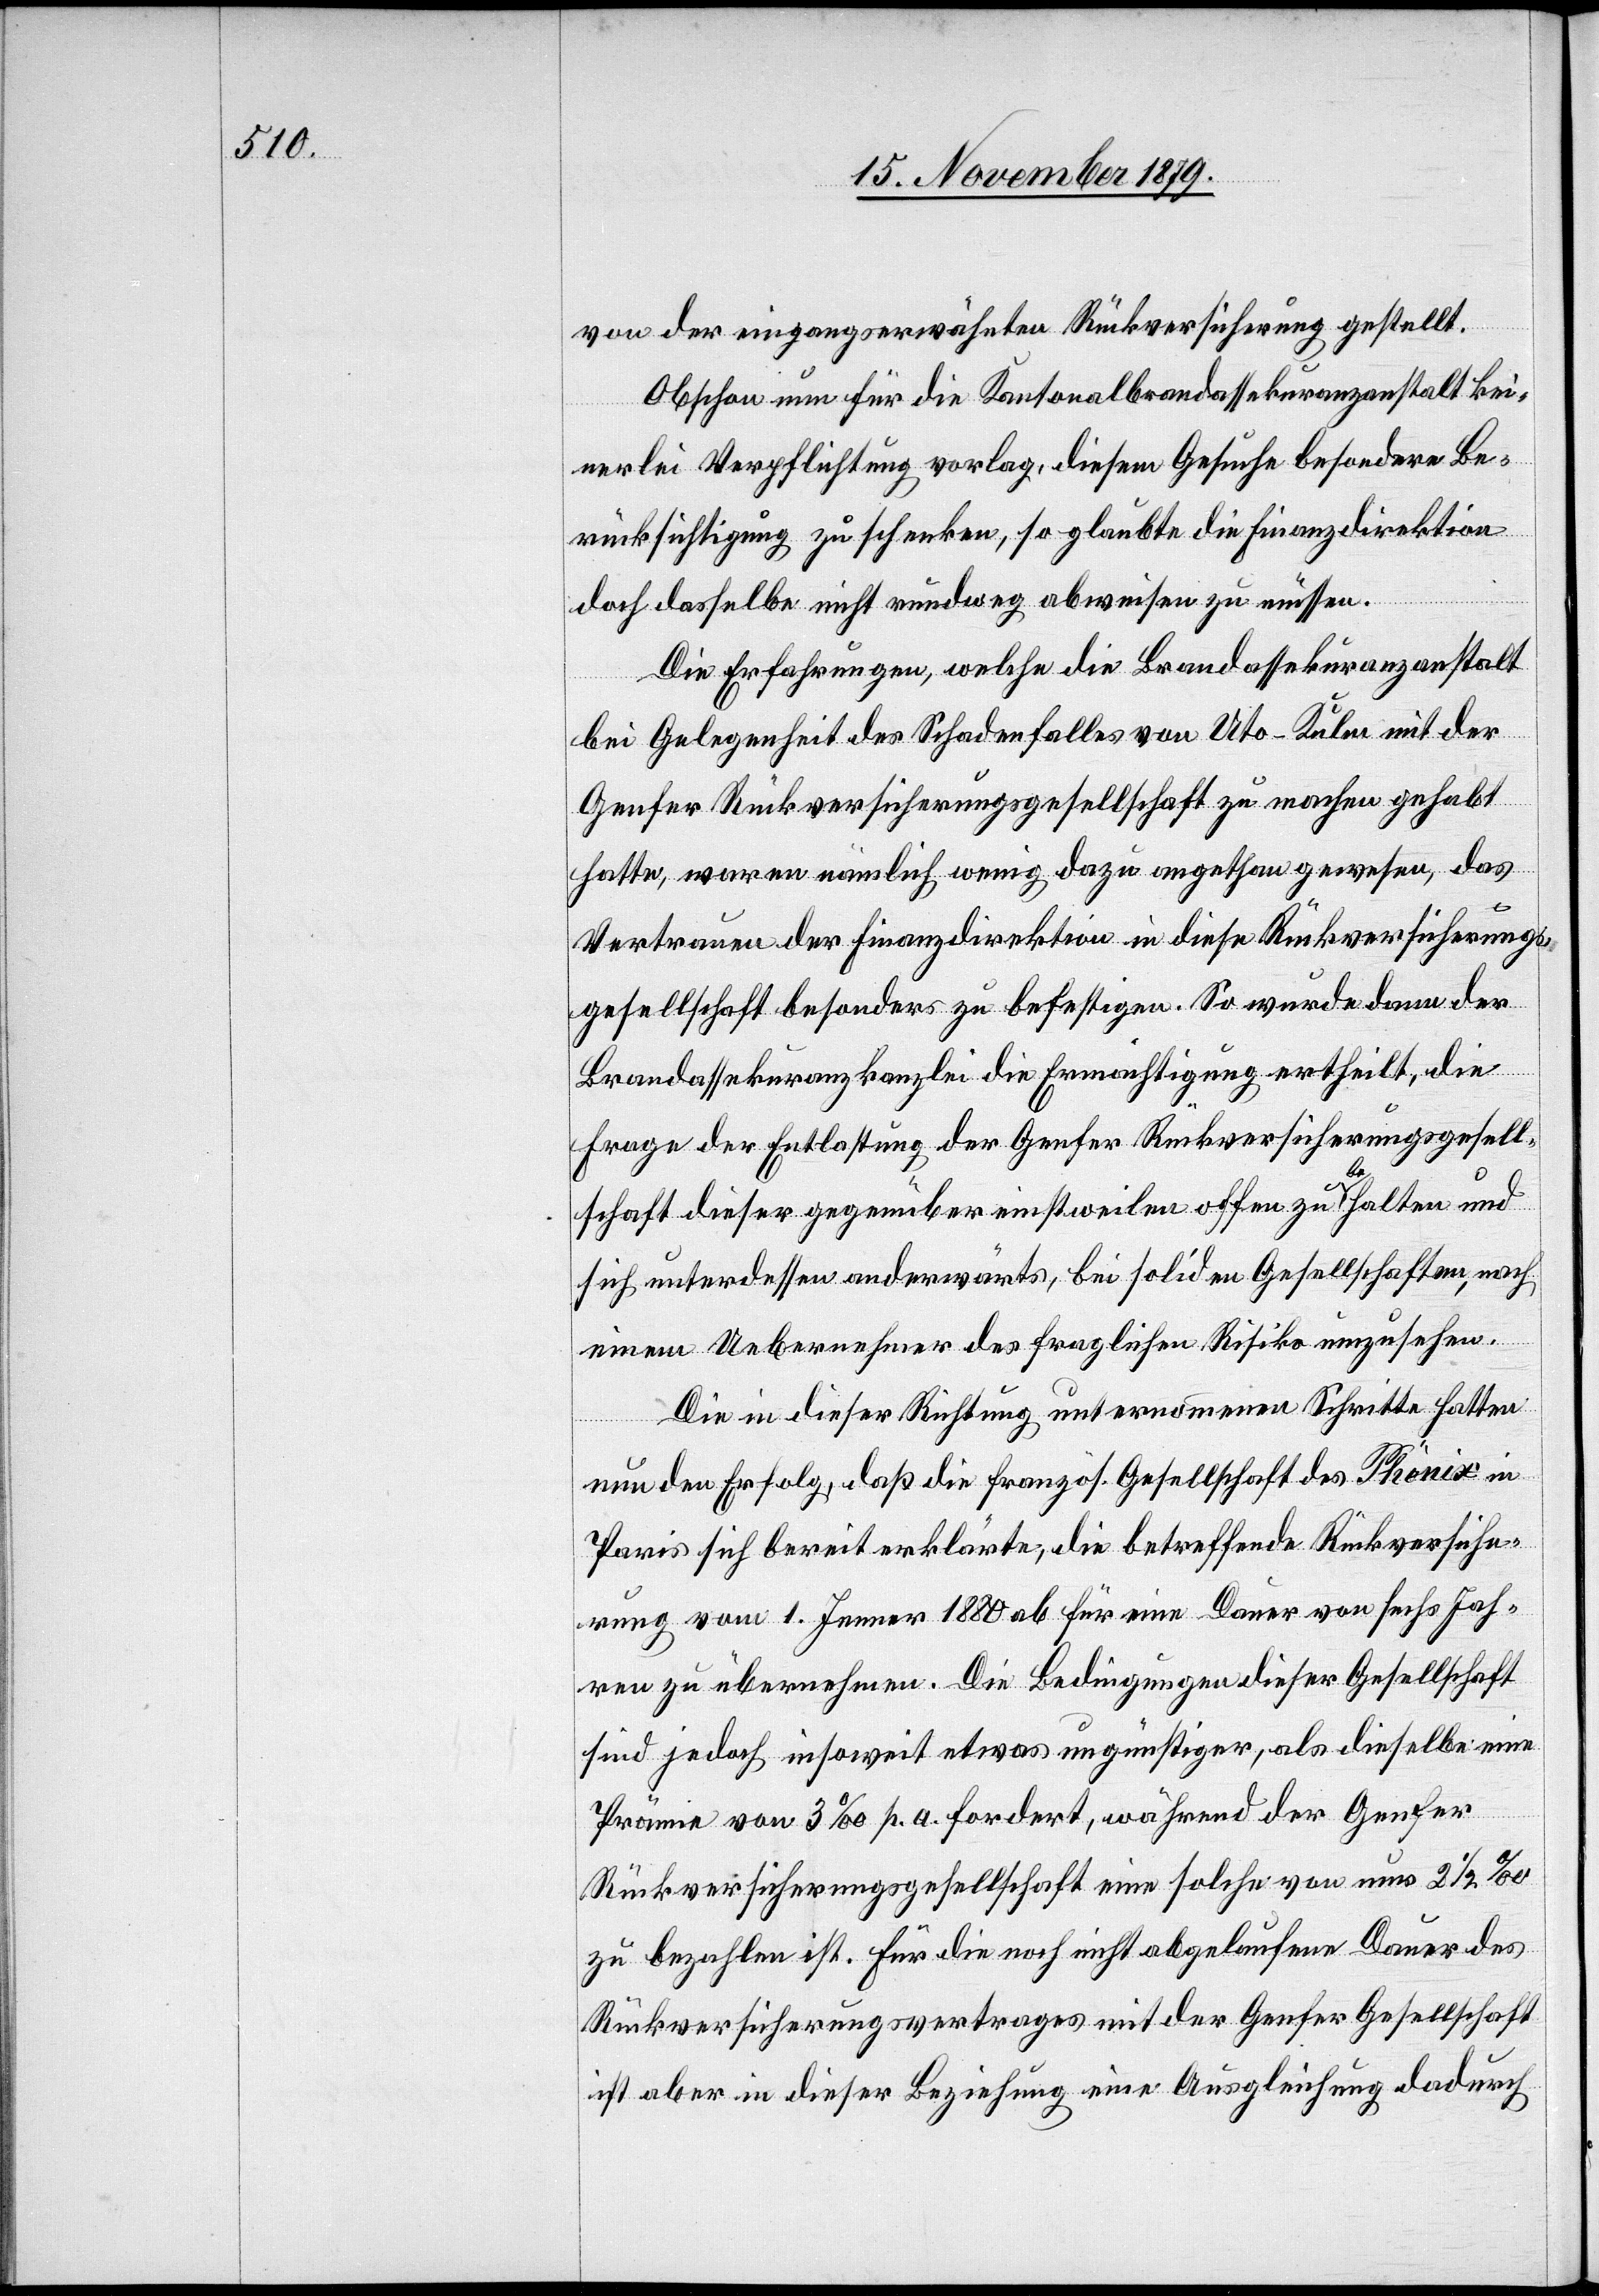
von der eingangserwähnten Rückversicherung gestellt.
Obschon nun für die Kantonalbrandassekuranzanstalt kei¬
nerlei Verpflichtung vorlag, diesem Gesuche besondere Be¬
rücksichtigung zu schenken, so glaubte die Finanzdirektion
doch dasselbe nicht rundweg abweisen zu müssen.
Die Erfahrungen, welche die Brandassekuranzanstalt
bei Gelegenheit des Schadenfalles von Uto-Kulm [sic!] mit der
Genfer Rückversicherungsgesellschaft zu machen gehabt
hatte, waren nämlich wenig dazu angethan gewesen, das
Vertrauen der Finanzdirektion in diese Rückversicherungs¬
gesellschaft besonders zu befestigen. So wurde dann der
Brandassekuranzkanzlei die Ermächtigung ertheilt, die
Frage der Entlassung der Genfer Rückversicherungsgesell¬
schaft dieser gegenüber einstweilen offen zu halten und
sich unterdessen anderwärts, bei soliden Gesellschaften, nach
einem Uebernehmer des fraglichen Risiko umzusehen.
Die in dieser Richtung unternommenen Schritte hatten
nun den Erfolg, daß die französ. Gesellschaft des Phönix in
Paris sich bereit erklärte, die betreffende Rückversiche¬
rung vom 1. Jenner 1880 ab für eine Dauer von sechs Jah¬
ren zu übernehmen. Die Bedingungen dieser Gesellschaft
sind jedoch insoweit etwas ungünstiger, als dieselben eine
Prämie von 3% p. a. fordert, während der Genfer
Rückversicherungsgesellschaft eine solche von nur 21/2%
zu bezahlen ist. Für die noch nicht abgelaufene Dauer des
Rückversicherungsvertrages mit der Genfer Gesellschaft
ist aber in dieser Beziehung eine Ausgleichung dadurch